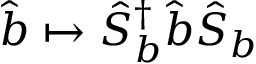
\hat { b } \mapsto \hat { S } _ { b } ^ { \dagger } \hat { b } \hat { S } _ { b }